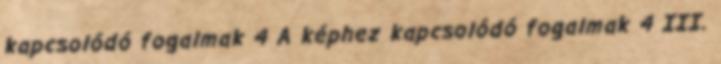
kapcsolódó fogalmak 4 A képhez kapcsolódó fogalmak 4 III.